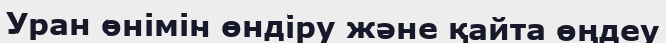
Уран өнімін өндіру және қайта өңдеу